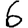
Digit: 6